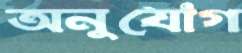
অনুযোগ